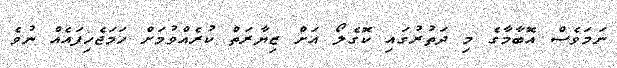
ނަމަވެސް އޮބާމާގެ މި ދަތުރުގައި ކޮގެލޯ އަށް ޒިޔާރަތް ކުރެއްވުމަށް ހަމަޖެހިފައެއް ނުވެ